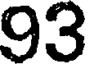
93